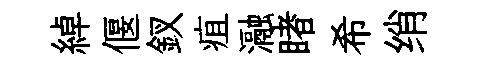
綽偃釵疽瀜睹希绡